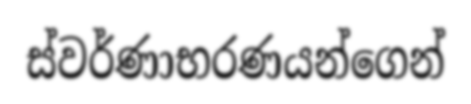
ස්වර්ණාභරණයන්ගෙන්